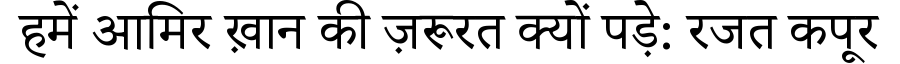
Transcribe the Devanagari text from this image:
हमें आमिर ख़ान की ज़रूरत क्यों पड़े: रजत कपूर